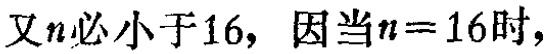
又\(n\)必小于16，因当\(n = 16\)时，